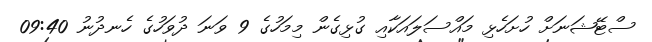
ސްޓޭޝަނަށް ހުށަހެޅި މައްސަލައަކާއި ގުޅިގެން މިމަހުގެ 9 ވަނަ ދުވަހުގެ ހެނދުނު 09:40